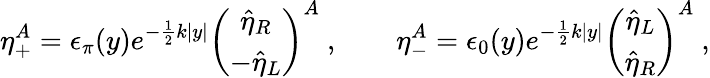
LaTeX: \eta_{+}^{A}=\epsilon_{\pi}(y)e^{-\frac{1}{2}k|y|}\left(\begin{array}{c}{{\hat{\eta}_{R}}}\\ {{-\hat{\eta}_{L}}}\end{array}\right)^{A}\ ,\qquad\eta_{-}^{A}=\epsilon_{0}(y)e^{-\frac{1}{2}k|y|}\left(\begin{array}{c}{{\hat{\eta}_{L}}}\\ {{\hat{\eta}_{R}}}\end{array}\right)^{A}\ ,